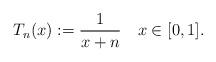
LaTeX: \begin{align*}T_n(x):= {1 \over x+n} \ \ \ x\in [0,1].\end{align*}